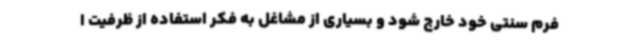
فرم سنتی خود خارج شود و بسیاری از مشاغل به فکر استفاده از ظرفیت ا